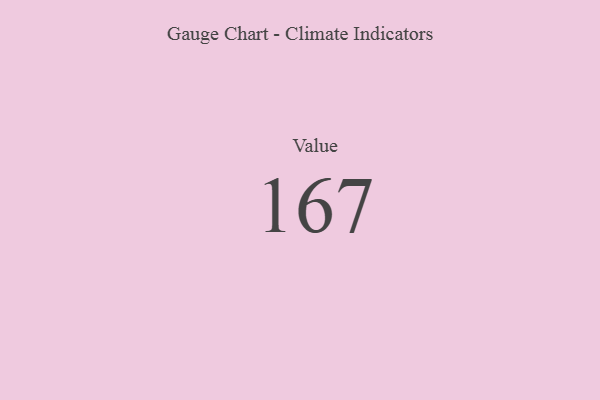
{"axis": {"x": "Metric", "y": "Value"}, "legend": [""], "data": [{"x": "Value", "y": 167, "type": ""}]}